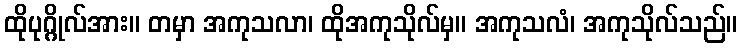
ထိုပုဂ္ဂိုလ်အား။ တမှာ အကုသလာ၊ ထိုအကုသိုလ်မှ။ အကုသလံ၊ အကုသိုလ်သည်။